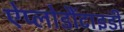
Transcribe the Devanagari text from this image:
ऐप्लोडौंटाइडी